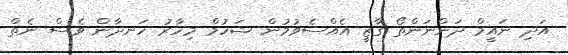
އަދި ނައީމް ދަންނަންތޯ ގާޒީ އެއްސެވުމުން ޝަހުމް މިހާރު ހަނދާން ވެސް ނެތް